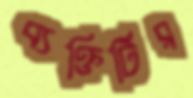
ব্যক্তিটির